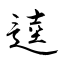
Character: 逵